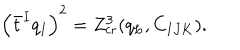
LaTeX: \left( \bar { t } ^ { I } q _ { I } \right) ^ { 2 } = Z _ { \mathrm { c r } } ^ { 3 } ( q _ { L } , C _ { I J K } ) .